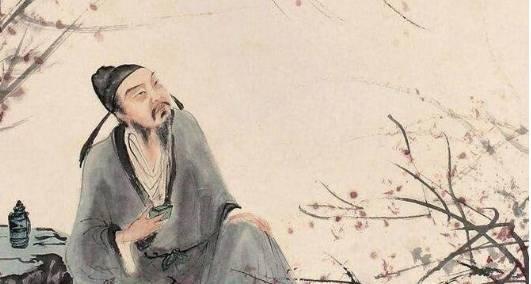
呼童烹鸡酌白酒，儿女嬉笑牵人衣。